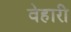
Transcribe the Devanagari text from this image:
वेहारी